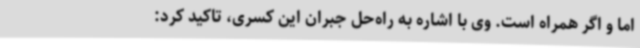
اما و اگر همراه است. وی با اشاره به راه‌حل جبران این کسری، تاکید کرد: